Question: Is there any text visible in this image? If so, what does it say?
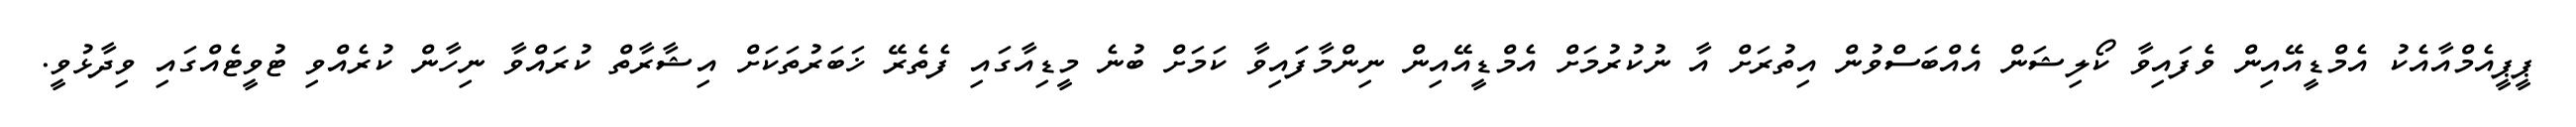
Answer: ޕީޕީއެމްއާއެކު އެމްޑީއޭއިން ވެފައިވާ ކޯލިޝަން އެއްބަސްވުން އިތުރަށް އާ ނުކުރުމަށް އެމްޑީއޭއިން ނިންމާފަައިވާ ކަމަށް ބުނެ މީޑިއާގައި ފެތެރޭ ޚަބަރުތަކަށް އިޝާރާތް ކުރައްވާ ނިހާން ކުރެއްވި ޓުވީޓެއްގައި ވިދާޅުވީ.